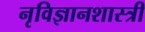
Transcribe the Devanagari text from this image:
नृविज्ञानशास्त्री